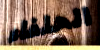
الحلفاء